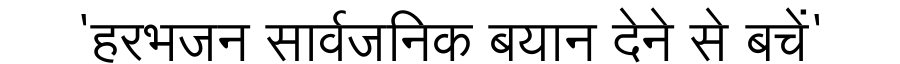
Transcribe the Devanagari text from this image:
'हरभजन सार्वजनिक बयान देने से बचें'